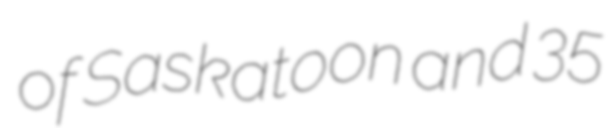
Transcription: of Saskatoon and 35